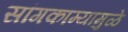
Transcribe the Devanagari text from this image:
सांगकाम्यामुळे